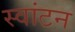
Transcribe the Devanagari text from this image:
स्वांटन